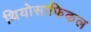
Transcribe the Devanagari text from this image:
थियोसाफिकल